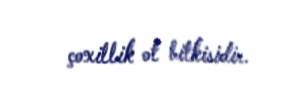
çoxillik ot bitkisidir.